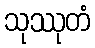
သုဿုတံ